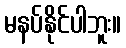
မနပ်နိုင်ပါဘူး။